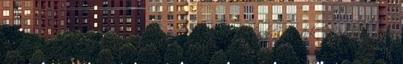
ország legkülönbözőbb pontjairól is akadtak érdeklödőink Már alig van